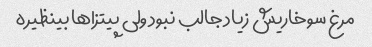
مرغ سوخاریش زیاد جالب نبود ولی پیتزاها بینظیره